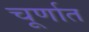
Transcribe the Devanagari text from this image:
चूर्णात